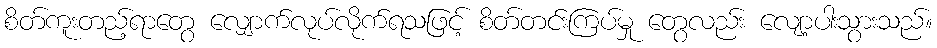
စိတ်ကူးတည့်ရာတွေ လျှောက်လုပ်လိုက်ရသဖြင့် စိတ်တင်းကြပ်မှု တွေလည်း လျော့ပါးသွားသည်။